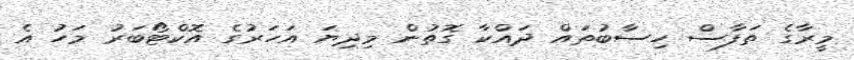
މީރާގެ ތަފާސް ހިސާބުތައް ދައްކާ ގޮތުން މިދިޔަ އަހަރުގެ އޮކްޓޯބަރު މަހު އެ